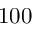
1 0 0